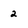
Character: 2